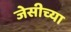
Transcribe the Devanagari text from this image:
जेसीच्या